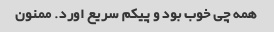
همه چی خوب بود و پیکم سریع اورد. ممنون